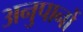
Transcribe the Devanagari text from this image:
अनुपानों